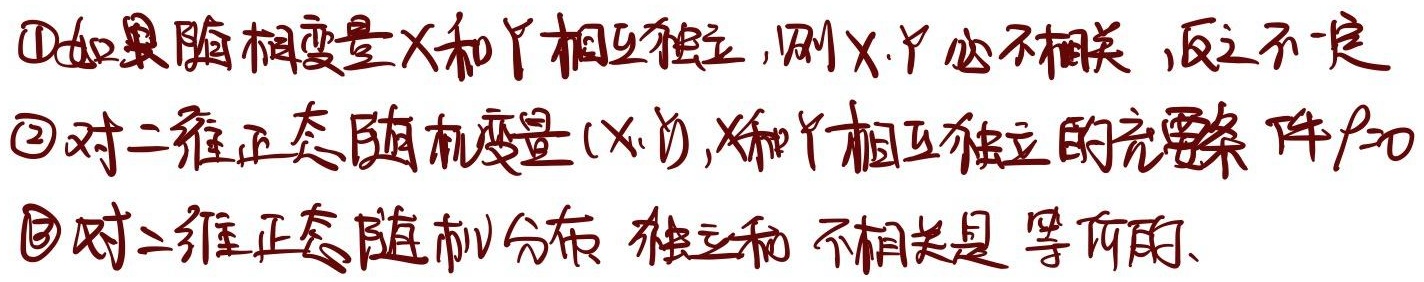
\textcircled{1}如果随机变量\(X\)和\(Y\)相互独立，则\(X,Y\)必不相关，反之不定
\textcircled{2}对二维正态随机变量\((X,Y)\)，\(X\)和\(Y\)相互独立的充要条件\(\rho = 0\)
\textcircled{3}对二维正态随机分布，独立和不相关是等价的